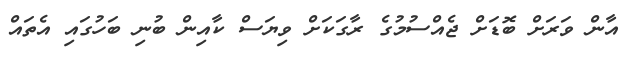
އާން ވަރަށް ބޮޑަށް ޖެއްސުމުގެ ރާގަކަށް ވިޔަސް ކާއިން ބުނި ބަހުގައި އެތައް